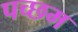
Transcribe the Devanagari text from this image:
पच्छम